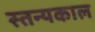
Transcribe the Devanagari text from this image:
स्तन्यकाल